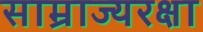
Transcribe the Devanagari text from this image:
साम्राज्यरक्षा